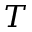
T